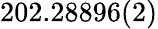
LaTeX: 202.28896(2)